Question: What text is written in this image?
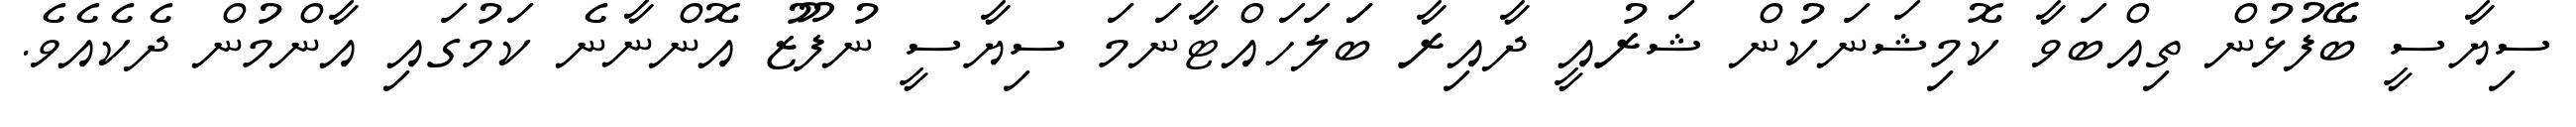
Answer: ސިޔާސީ ބޭފުޅުން ތިއްބަވާ ކޮމިޝަނަކުން ޝަރުއީ ދާއިރާ ބަަލަހައްޓާނަމަ ސިޔާސީ ނުފޫޒު އޮންނާނެ ކަމުގައި އާންމުން ދެކެއެވެ.